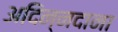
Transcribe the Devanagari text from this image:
अदिन्नदाना